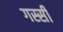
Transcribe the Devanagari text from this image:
गस्सी